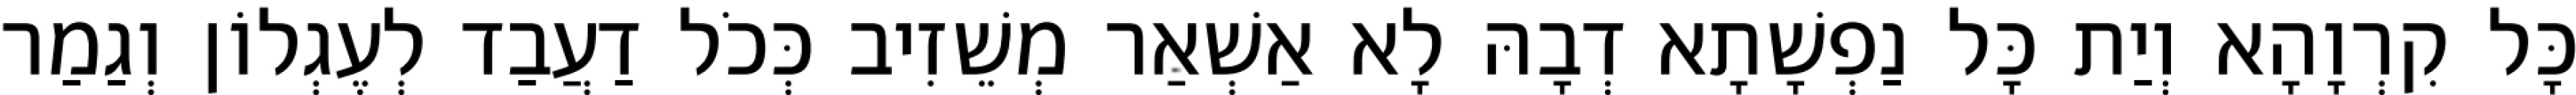
כָּל קִרְוָהָא וְיַת כָּל נַפְשָׁתָא דְבָהּ לָא אַשְׁאַר מְשֵׁזִיב כְּכֹל דַעֲבַד לְעֶגְלוֹן וְגַמַר